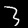
Label: 3